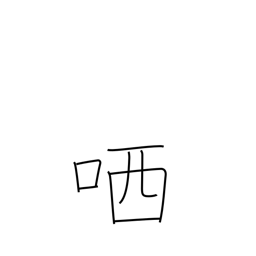
Meaning: sneer